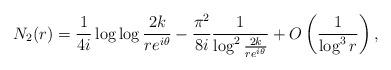
LaTeX: \begin{align*}N_2(r) = \frac{1}{4i} \log \log\frac{2k}{re^{i\theta}} - \frac{\pi^2}{8 i} \frac{1}{\log^2\frac{2k}{re^{i\theta}}} + O\left(\frac{1}{\log^3 r}\right), \end{align*}